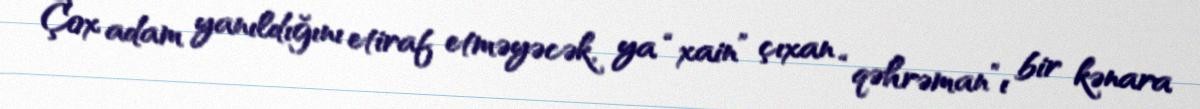
Çox adam yanıldığını etiraf etməyəcək, ya “xain” çıxan “qəhrəman”ı bir kənara